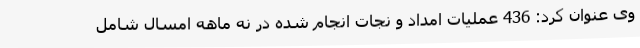
وی عنوان کرد: 436 عملیات امداد و نجات انجام شده در نه ماهه امسال شامل